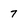
Character: 7